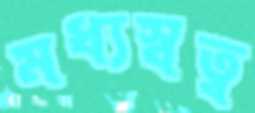
মধ্যস্বত্ব